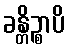
ခန္တိဉ္စာပိ